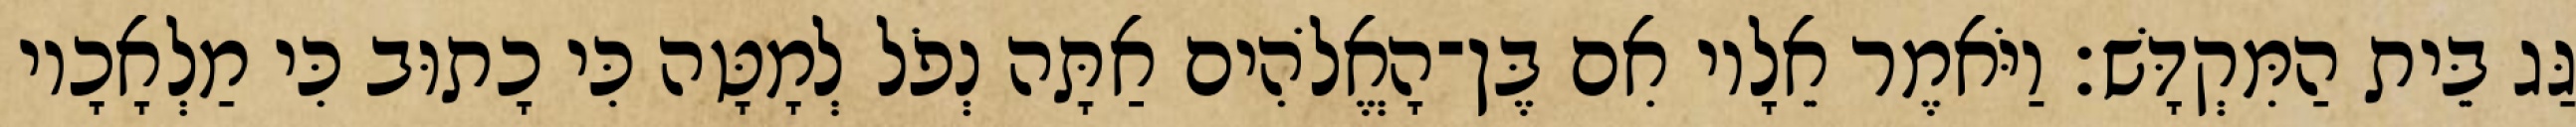
גַּג בֵּית הַמִּקְדָּשׁ׃ וַיֹּאמֶר אֵלָיו אִם בֶּן־הָאֱלֹהִים אַתָּה נְפֹל לְמָטָּה כִּי כָתוּב כִּי מַלְאָכָיו